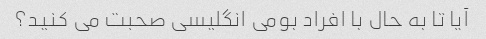
آیا تا به حال با افراد بومی انگلیسی صحبت می کنید؟